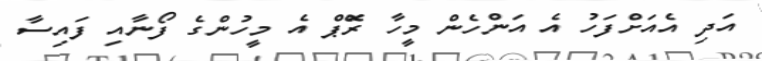
އަދި އެއަށްފަހު އެ އަންހެން މީހާ ރޭޮޕް އެ މީހުންގެ ފޯނާއި ފައިސާ